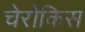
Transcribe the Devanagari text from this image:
चेरोकिस